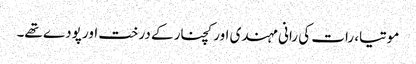
موتیا، رات کی رانی مہندی اور کچنار کے درخت اور پودے تھے۔